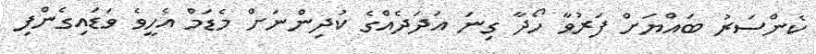
ކެންސަރު ބައްޔަށް ފަރުވާ ހޯދާ ގިނަ އަދަދެއްގެ ކުދިންނަށް މެޑަމް އެހީވެ ވަޑައިގެންފި